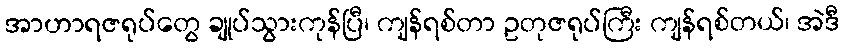
အာဟာရဇရုပ်တွေ ချုပ်သွားကုန်ပြီ၊ ကျန်ရစ်တာ ဥတုဇရုပ်ကြီး ကျန်ရစ်တယ်၊ အဲဒီ